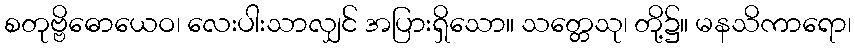
စတုဗ္ဗိဓောယေဝ၊ လေးပါးသာလျှင် အပြားရှိသော။ သတ္တေသု၊ တို့၌။ မနသိကာရော၊